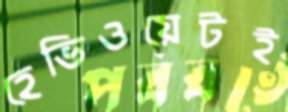
হেভিওয়েটই